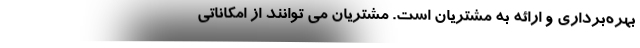
بهره‌برداری و ارائه به مشتریان است. مشتریان می توانند از امکاناتی